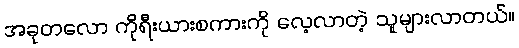
အခုတလော ကိုရီးယားစကားကို လေ့လာတဲ့ သူများလာတယ်။